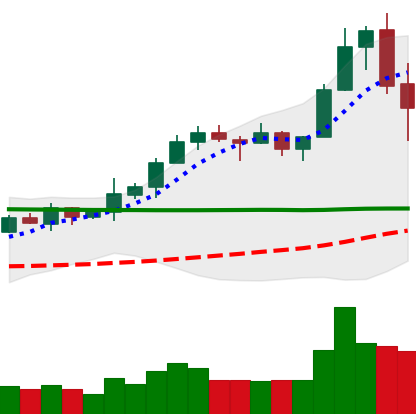
Ticker: XRP-USD
Chart end date: 2020-02-16
Forward return: -6.811%
Label: down_5_7